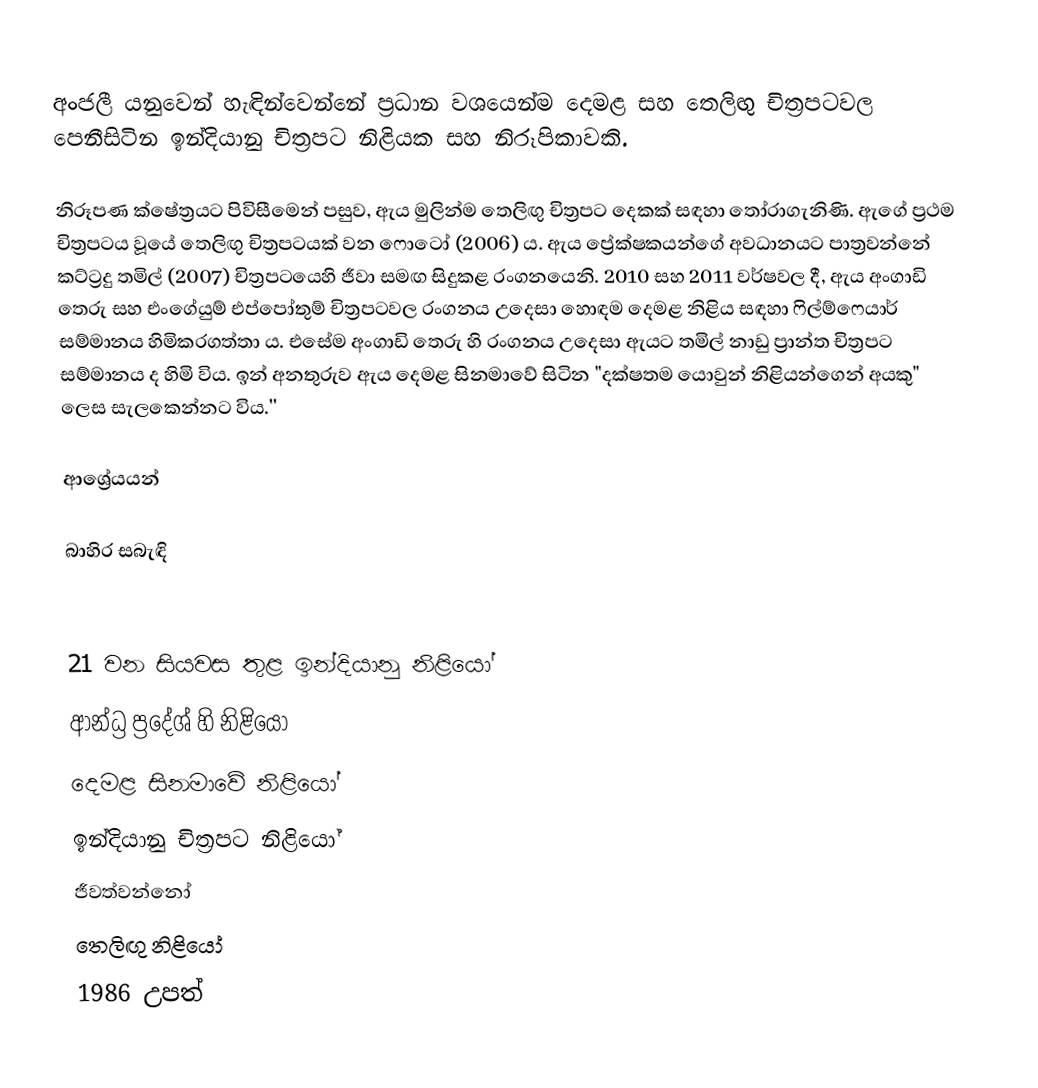
අංජලී යනුවෙන් හැඳින්වෙන්නේ ප්‍රධාන වශයෙන්ම දෙමළ සහ තෙලිඟු චිත්‍රපටවල පෙනීසිටින ඉන්දියානු චිත්‍රපට නිළියක සහ නිරූපිකාවකි.

නිරූපණ ක්ෂේත්‍රයට පිවිසීමෙන් පසුව, ඇය මුලින්ම තෙලිඟු චිත්‍රපට දෙකක් සඳහා තෝරාගැනිණි. ඇගේ ප්‍රථම චිත්‍රපටය වූයේ තෙලිඟු චිත්‍රපටයක් වන ෆොටෝ (2006) ය. ඇය ප්‍රේක්ෂකයන්ගේ අවධානයට පාත්‍රවන්නේ කට්ට්‍රදු තමිල් (2007) චිත්‍රපටයෙහි ජීවා සමඟ සිදුකළ රංගනයෙනි. 2010 සහ 2011 වර්ෂවල දී, ඇය අංගාඩි තෙරු සහ එංගේයුම් එප්පෝතුම් චිත්‍රපටවල රංගනය උදෙසා හොඳම දෙමළ නිළිය සඳහා ෆිල්ම්ෆෙයාර් සම්මානය හිමිකරගත්තා ය. එසේම අංගාඩි තෙරු හි රංගනය උදෙසා ඇයට තමිල් නාඩු ප්‍රාන්ත චිත්‍රපට සම්මානය ද හිමි විය. ඉන් අනතුරුව ඇය දෙමළ සිනමාවේ සිටින "දක්ෂතම යොවුන් නිළියන්ගෙන් අයකු" ලෙස සැලකෙන්නට විය.''

ආශ්‍රේයයන්

බාහිර සබැඳි

21 වන සියවස තුළ ඉන්දියානු නිළියෝ
ආන්ධ්‍ර ප්‍රදේශ් හි නිළියෝ
දෙමළ සිනමාවේ නිළියෝ
ඉන්දියානු චිත්‍රපට නිළියෝ
ජීවත්වන්නෝ
තෙලිඟු නිළියෝ
1986 උපත්